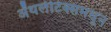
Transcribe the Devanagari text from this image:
ॲथलेटिक्समधून